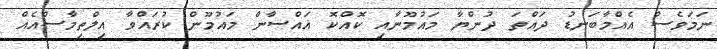
ނަމަވެސް އެއްމާބަނޑު ދައްތަ ދުންޔާ މައުމޫނާއި ކޮއްކޮ ޣައްސާން މައުމޫން ކުރައްވާ އިލްތިމާސްއެއް